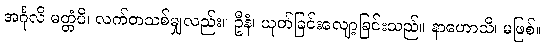
အင်္ဂုလိ မတ္တံပိ၊ လက်တသစ်မျှလည်း။ ဦနံ၊ ယုတ်ခြင်းလျော့ခြင်းသည်။ နာဟောသိ၊ မဖြစ်။